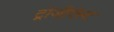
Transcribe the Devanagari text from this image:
ट्रांजीएंस्ट